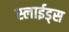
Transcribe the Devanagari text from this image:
स्लाईड्स